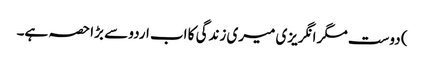
) دوست مگر انگریزی میری زندگی کا اب اردو سے بڑا حصہ ہے۔